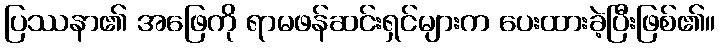
ပြဿနာ၏ အဖြေကို ရာမဖန်ဆင်းရှင်များက ပေးထားခဲ့ပြီးဖြစ်၏။